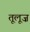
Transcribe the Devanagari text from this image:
तूलूज़